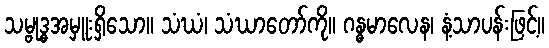
သမ္ဗုဒ္ဓအမှူးရှိသော။ သံဃံ၊ သံဃာတော်ကို။ ဂန္ဓမာလေန၊ နံ့သာပန်းဖြင့်။